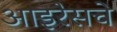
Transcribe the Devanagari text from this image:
आइरेसचे